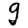
Digit: 9